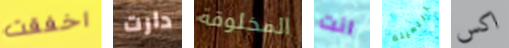
اخفقت دارت المخلوقة انت اللعينة اكس